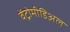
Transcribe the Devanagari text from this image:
वेंट्रोमीडिअल